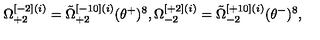
\Omega _ { + 2 } ^ { [ - 2 ] ( i ) } = \tilde { \Omega } _ { + 2 } ^ { [ - 1 0 ] ( i ) } ( \theta ^ { + } ) ^ { 8 } , \Omega _ { - 2 } ^ { [ + 2 ] ( i ) } = \tilde { \Omega } _ { - 2 } ^ { [ + 1 0 ] ( i ) } ( \theta ^ { - } ) ^ { 8 } ,